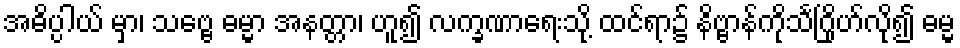
အဓိပ္ပါယ် မှာ၊ သဗ္ဗေ ဓမ္မာ အနတ္တာ၊ ဟူ၍ လက္ခဏာရေးသို့ ထင်ရာ၌ နိဗ္ဗာန်ကိုသင်္ဂြိုဟ်လို၍ ဓမ္မ